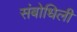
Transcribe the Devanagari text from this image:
संबोधिली